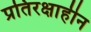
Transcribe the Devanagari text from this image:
प्रतिरक्षाहीन